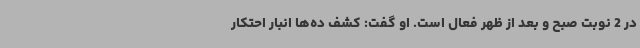
در 2 نوبت صبح و بعد از ظهر فعال است. او گفت: کشف ده‌ها انبار احتکار